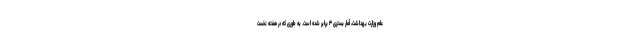
علم وزارت بهداشت، آمار بستری ۳ برابر شده است. به طوری که در هفته نخست